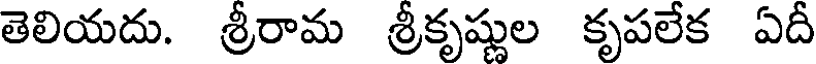
తెలియదు. శ్రీరామ శ్రీకృష్ణుల కృపలేక ఏదీ